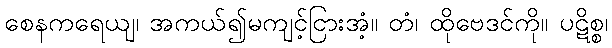
စေနကရေယျ၊ အကယ်၍မကျင့်ငြားအံ့။ တံ၊ ထိုဗေဒင်ကို။ ပဋိစ္စ၊